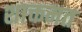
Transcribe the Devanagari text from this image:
शाक्तमत